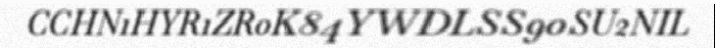
CCHN1HYR1ZR0K84YWDLSS90SU2NIL